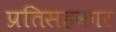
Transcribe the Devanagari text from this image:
प्रतिसहकार